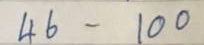
46 - 100